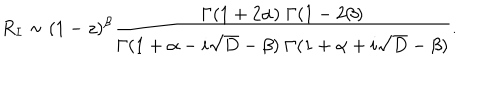
LaTeX: R _ { I } \sim ( 1 - z ) ^ { \beta } { \frac { \Gamma ( 1 + 2 \alpha ) \; \Gamma ( 1 - 2 \beta ) } { \Gamma ( 1 + \alpha - i \sqrt { D } - \beta ) \; \Gamma ( 1 + \alpha + i \sqrt { D } - \beta ) } } .